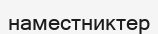
наместниктер